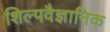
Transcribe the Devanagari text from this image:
शिल्पवैज्ञानिक